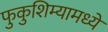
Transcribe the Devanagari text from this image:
फुकुशिम्यामध्ये